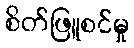
စိတ်ဖြူစင်မှု